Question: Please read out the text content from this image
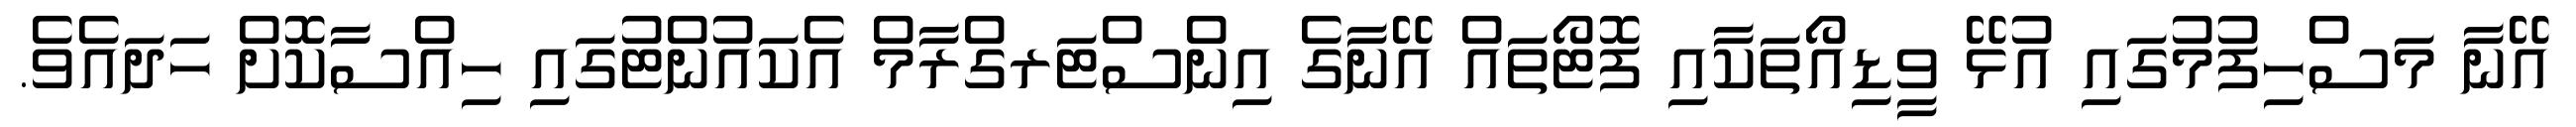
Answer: އޭނާ މަސްހިފުމުގައި އުޅޭ ވީޑިއޯތަކާއި ފޮޓޯތައް އޭނާގެ އިންސްޓަރގްރާމް އެކައުންޓުގައި ހިއްސާކޮށް ހަދައެވެ.